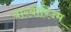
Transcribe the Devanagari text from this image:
बारबोरिज्म